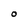
Character: O